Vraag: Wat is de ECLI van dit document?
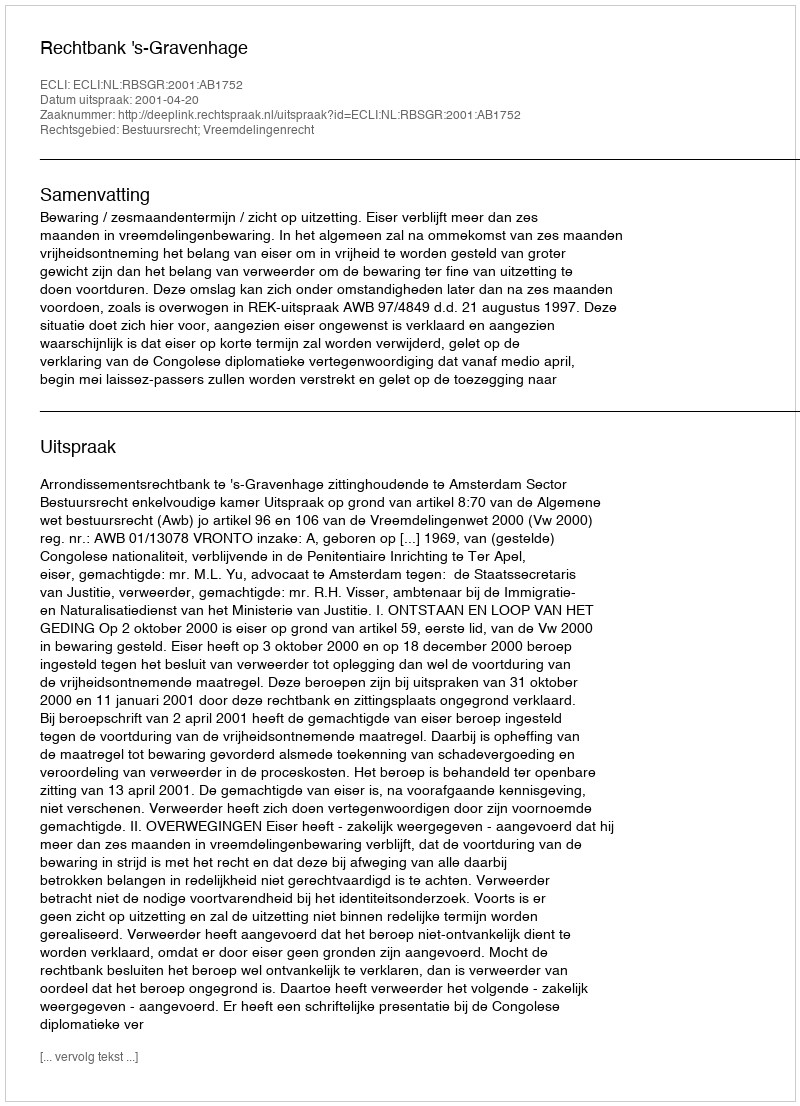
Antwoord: ECLI:NL:RBSGR:2001:AB1752